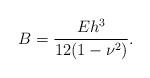
LaTeX: \begin{align*} B=\frac{Eh^3}{12(1-\nu^2)}.\end{align*}